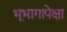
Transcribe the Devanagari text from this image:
भूभागापेक्षा